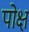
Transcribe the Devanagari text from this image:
पोक्ष